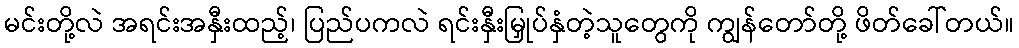
မင်းတို့လဲ အရင်းအနှီးထည့်၊ ပြည်ပကလဲ ရင်းနှီးမြှုပ်နှံတဲ့သူတွေကို ကျွန်တော်တို့ ဖိတ်ခေါ်တယ်။